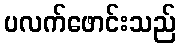
ပလက်ဖောင်းသည်